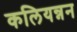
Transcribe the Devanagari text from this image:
कलियन्नन